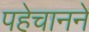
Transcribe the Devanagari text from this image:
पहेचानने